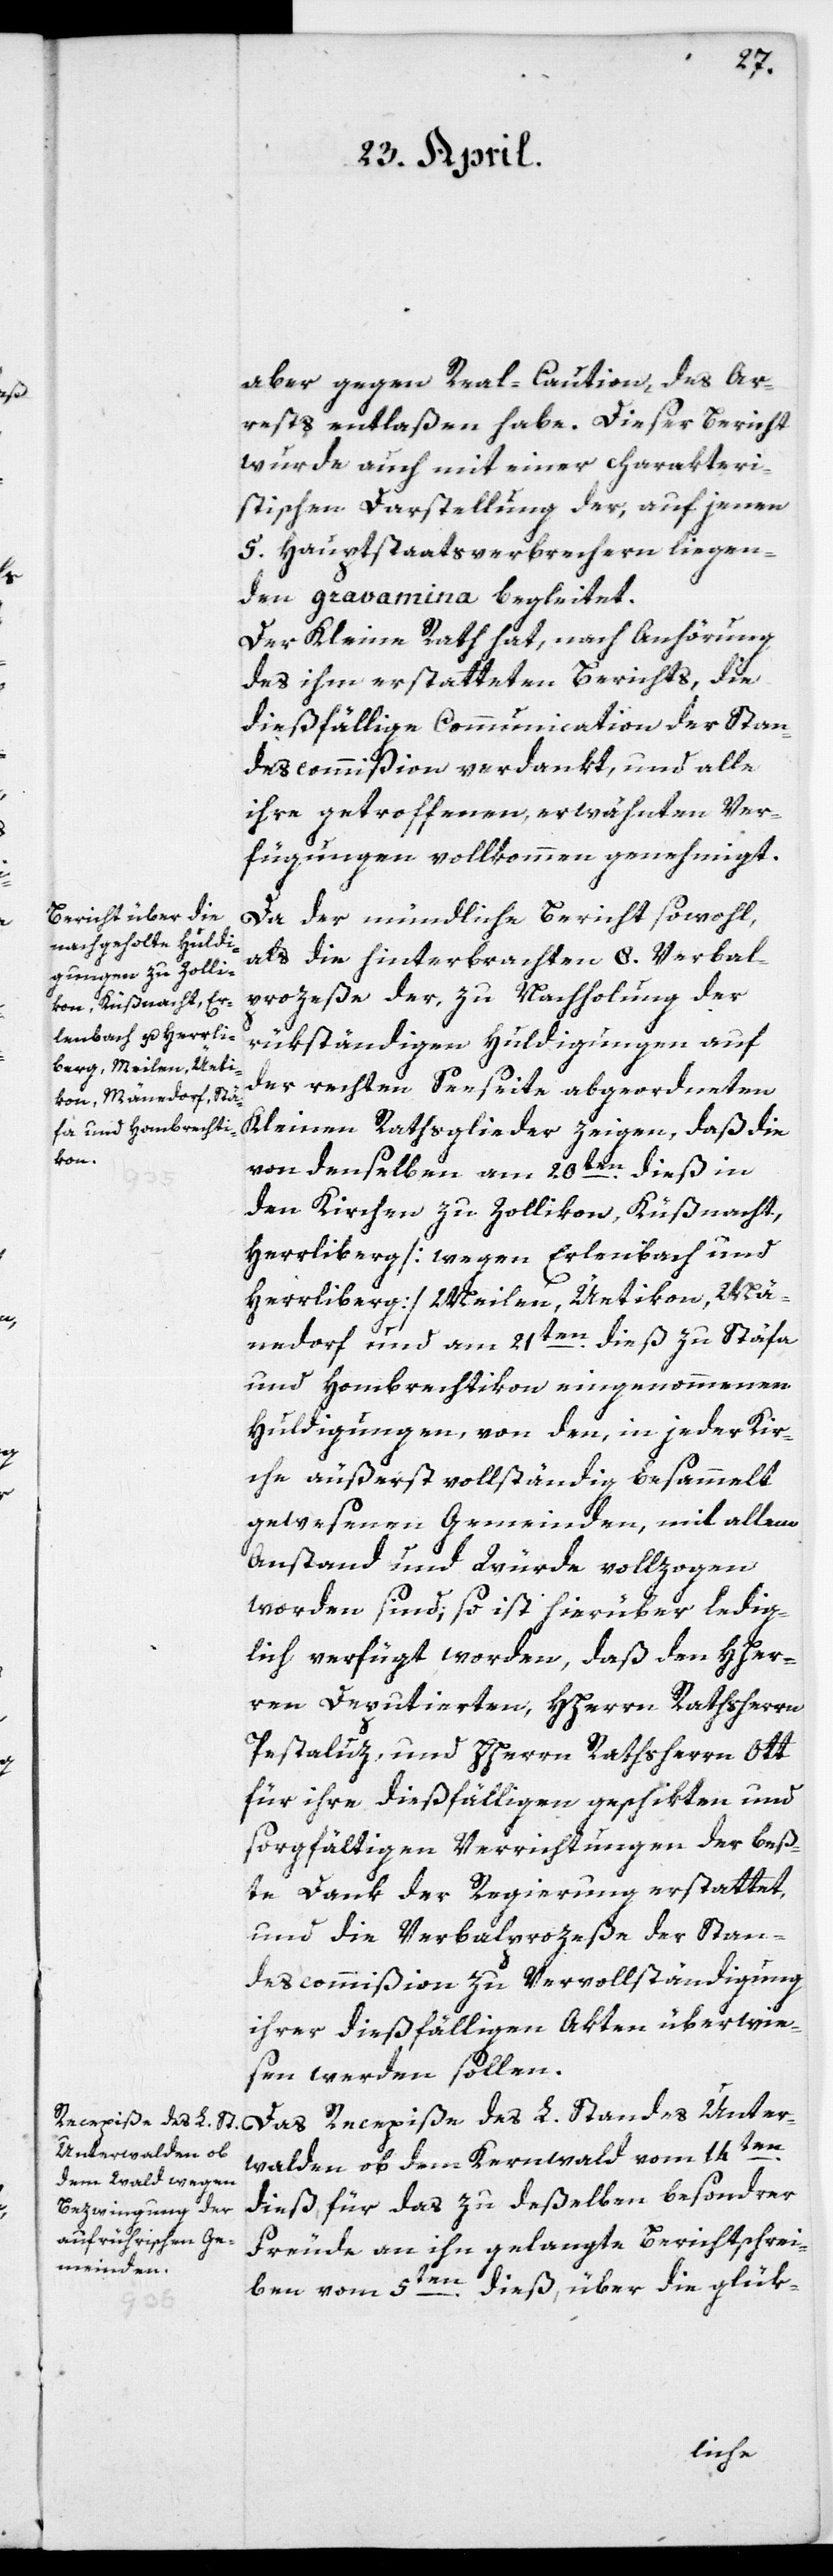
aber gegen Real-Caution, des Ar¬
rests entlaßen habe. Dieser Bericht
wurde auch mit einer charakteri¬
stischen Darstellung der, auf jenen
5. Hauptstaatsverbrechern liegen¬
den gravamina begleitet.
Der Kleine Rath hat, nach Anhörung
des ihm erstatteten Berichts, die
dießfällige Communication der Stan¬
descommißion verdankt, und alle
ihre getroffenen erwähnten Ver¬
fügungen vollkommen genehmigt.
Da der mündliche Bericht sowohl,
als die hinterbrachten 8. Verbal¬
prozeße der, zu Nachholung der
rükständigen Huldigungen auf
der rechten Seeseite abgeordneten
Kleinen Rathsglieder zeigen, daß die
von denselben am 20ten dieß in
den Kirchen zu Zollikon, Küßnacht,
Herrliberg [wegen Erlenbach und
Herrliberg] Meilen, Üetikon, Mä¬
nnedorf und am 21ten dieß zu Stäfa
und Hombrechtikon eingenommenen
Huldigungen von den, in jeder Kir¬
che äußerst vollständig besammelt
gewesenen Gemeinden, mit allem
Anstand und Würde vollzogen
worden sind, so ist hierüber ledig¬
lich verfügt worden, daß den HHer¬
ren Deputierten, HHerrn Rathsherrn
Pestaluz, und HHerrn Rathsherrn Ott
für ihre dießfälligen geschikten und
sorgfältigen Verrichtungen des beß¬
te Dank der Regierung erstattet,
und die Verbalprozeße der Stan¬
descommißion zu Vervollständigung
ihrer dießfälligen Akten überwie¬
sen werden sollen.
Das Recepiße des L. Standes Unter¬
walden ob dem Kernwald vom 14ten
dieß, für das zu deßelben besondrer
Freude an ihn gelangte Berichtschrei¬
ben vom 5ten dieß, über die glük-